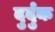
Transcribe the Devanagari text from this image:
दुर्दुक